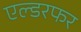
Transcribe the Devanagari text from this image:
एल्डरफर